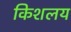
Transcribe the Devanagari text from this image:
किशलय